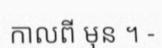
កាលពី មុន ។ -